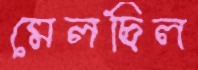
মেলছিল